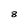
Character: 8